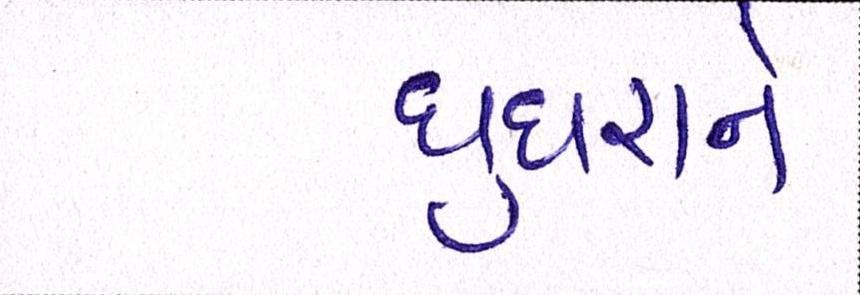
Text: ઘુઘરાને